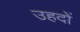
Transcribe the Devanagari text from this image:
उहदों